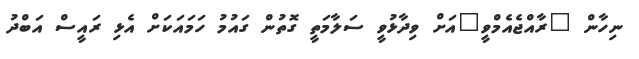
ނިހާން "ރާއްޖެއެމްވީ"އަށް ވިދާޅުވީ ސަލާމަތީ ގޮތުން ގައުމު ހަމައަކަށް އެޅި ރައީސް އަބްދު